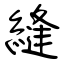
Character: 縫